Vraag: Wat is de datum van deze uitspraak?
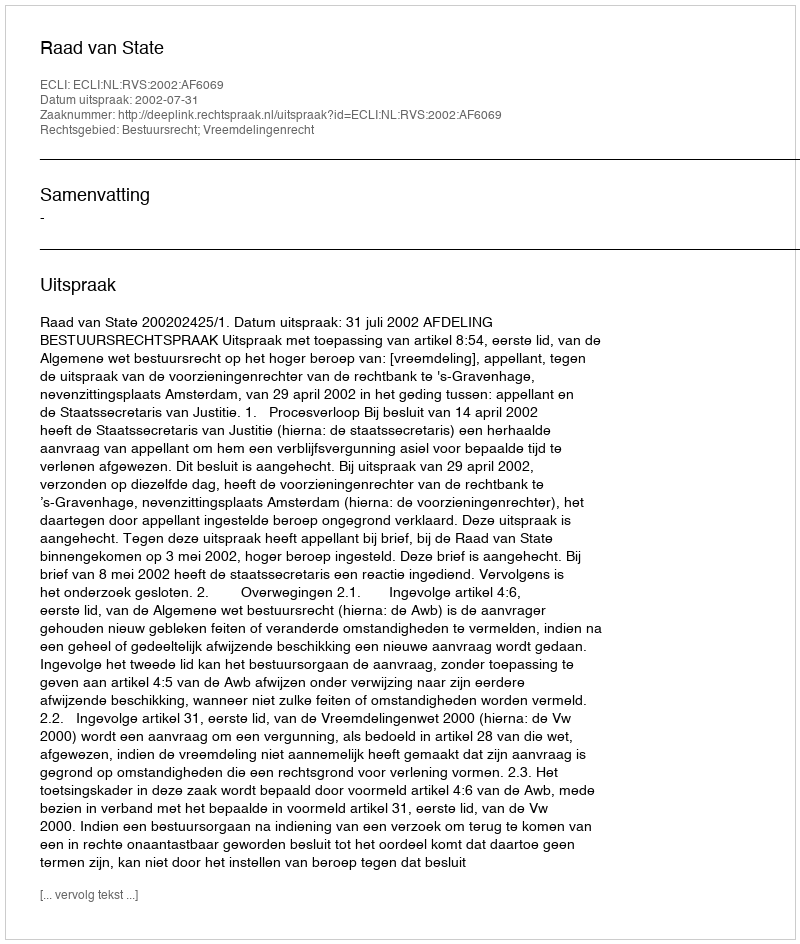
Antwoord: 2002-07-31